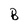
Character: B